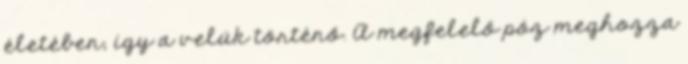
életében, így a velük történő. A megfelelő póz meghozza